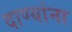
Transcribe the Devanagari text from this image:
दाण्यांना